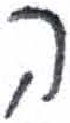
אות: ה